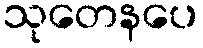
သုတေနပေ